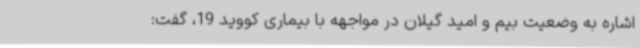
اشاره به وضعیت بیم و امید گیلان در مواجهه با بیماری کووید 19، گفت: